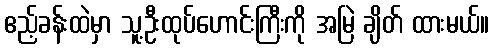
ဧည့်ခန်းထဲမှာ သူ့ဦးထုပ်ဟောင်းကြီးကို အမြဲ ချိတ် ထားမယ်။